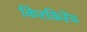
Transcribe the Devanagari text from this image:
किरकिरेंच